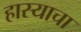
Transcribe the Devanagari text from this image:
हास्याचा